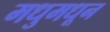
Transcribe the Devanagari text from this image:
मधुमधून